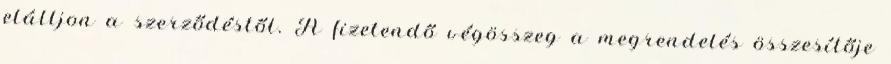
elálljon a szerződéstől. A fizetendő végösszeg a megrendelés összesítője